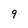
Character: 9